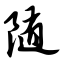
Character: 随